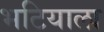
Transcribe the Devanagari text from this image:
भटियाला